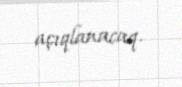
açıqlanacaq.